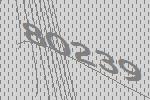
80239